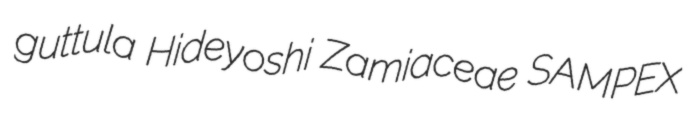
guttula Hideyoshi Zamiaceae SAMPEX